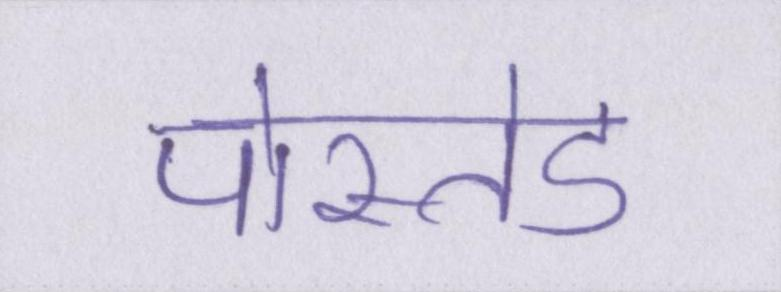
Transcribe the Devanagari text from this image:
पोस्तेड